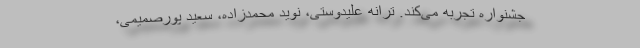
جشنواره تجربه می‌کند. ترانه علیدوستی، نوید محمدزاده، سعید پورصمیمی،